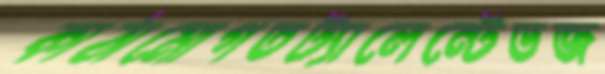
কাঠামোগতট্যালেন্টেডজ